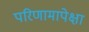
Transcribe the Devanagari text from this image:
परिणामापेक्षा